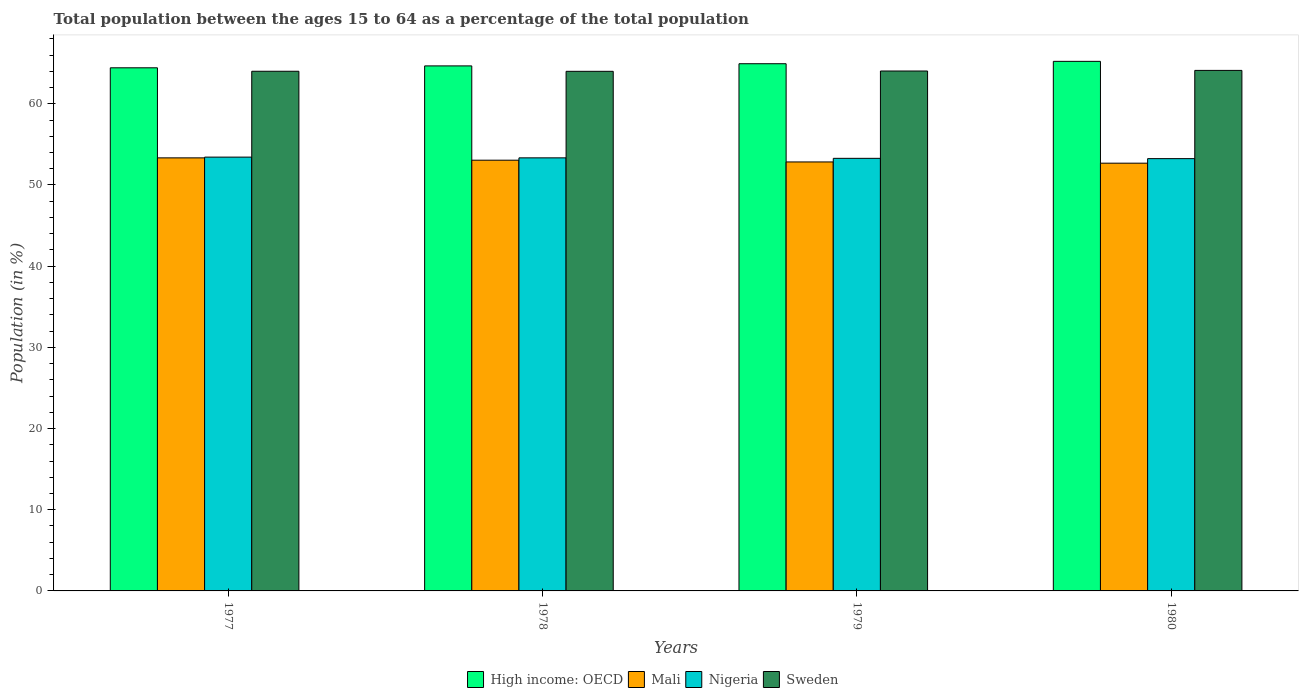
| Years | High income: OECD | Mali | Nigeria | Sweden |
 | --- | --- | --- | --- | --- |
 | 1977 | 64.4 | 53.3 | 53.4 | 64 |
 | 1978 | 64.7 | 53.1 | 53.3 | 64 |
 | 1979 | 64.9 | 52.8 | 53.3 | 64 |
 | 1980 | 65.2 | 52.7 | 53.2 | 64.1 |